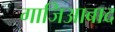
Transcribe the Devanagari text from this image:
गाजिआबाद